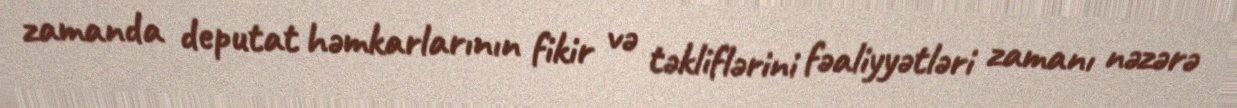
zamanda deputat həmkarlarının fikir və təkliflərini fəaliyyətləri zamanı nəzərə